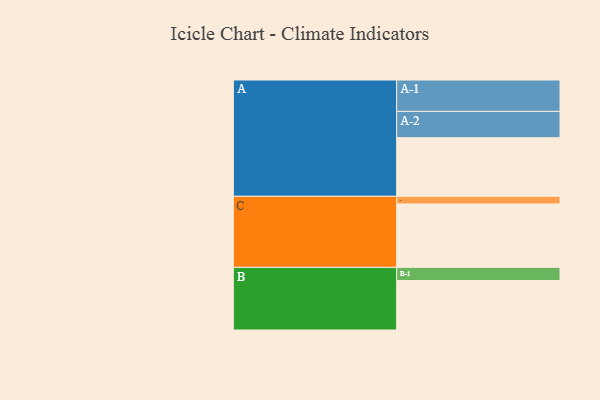
{"axis": {"x": "Segment", "y": "Value"}, "legend": ["", "A", "B", "C"], "data": [{"x": "A", "y": 426, "type": ""}, {"x": "B", "y": 359, "type": ""}, {"x": "C", "y": 461, "type": ""}, {"x": "A-1", "y": 228, "type": "A"}, {"x": "A-2", "y": 191, "type": "A"}, {"x": "B-1", "y": 96, "type": "B"}, {"x": "C-1", "y": 55, "type": "C"}]}